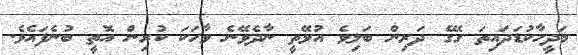
މަދީހާކުޑަދައިތަ ގޭގެ ދަރިން ބަލިވެ އުޅޭތީ ނާދެވޭނެ ވާހަކަ ކުރިން އޮތީ ބުނެފައެވެ.